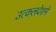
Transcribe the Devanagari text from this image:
उत्कलदेशमे